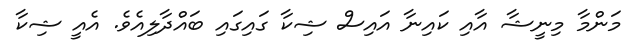
މަންމާ މިނީޝާ އާއި ކައިނާ އައިސް ޝިކާ ގައިގައި ބައްދާލިއެވެ. އެއީ ޝިކާ